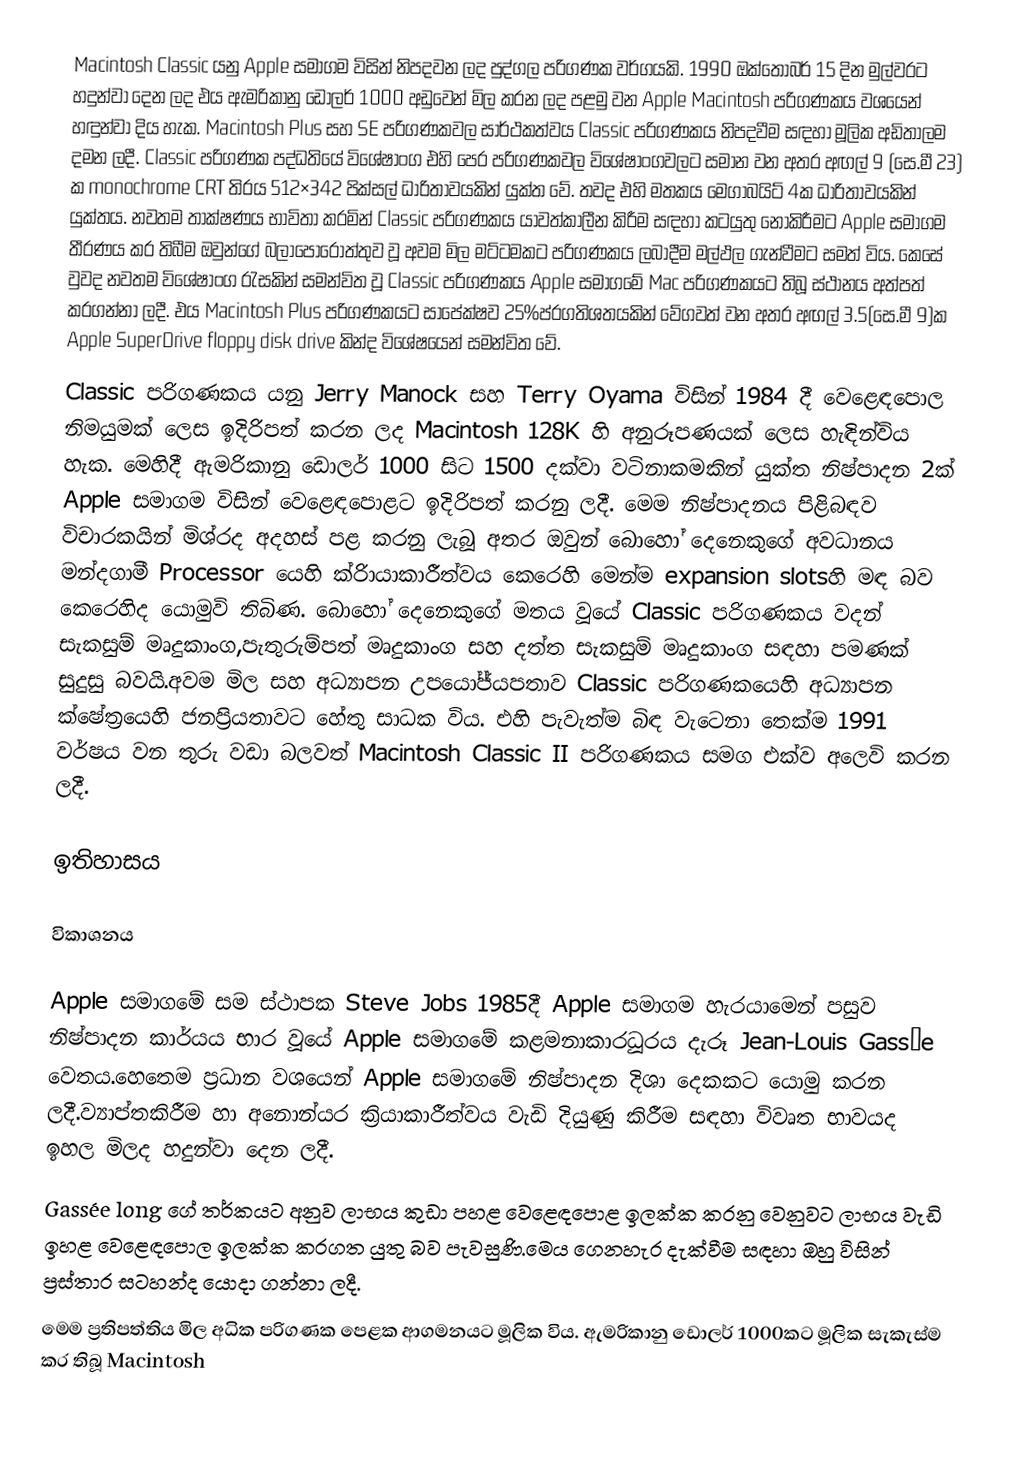
Macintosh Classic යනු Apple සමාගම විසින් නිපදවන ලද පුද්ගල පරිගණක වර්ගයකි. 1990 ඔක්තෝබර් 15 දින මුල්වරට හදුන්වා දෙන ලද එය ඇමරිකානු ඩොලර් 1000 අඩුවෙන් මිල කරන ලද පළමු වන Apple Macintosh පරිගණකය වශයෙන් හඳුන්වා දිය හැක. Macintosh Plus සහ SE පරිගණකවල සාර්ථකත්වය Classic පරිගණකය නිපදවීම සඳහා මූලික අඩිතාලම දමන ලදී. Classic පරිගණක පද්ධතියේ විශේෂාංග එහි පෙර පරිගණකවල විශේෂාංගවලට සමාන වන අතර අඟල් 9 (සෙ.මී 23) ක monochrome CRT තිරය 512×342 පික්සල් ධාරිතාවයකින් යුක්ත වේ. තවද එහි මතකය මෙගාබයිට් 4ක ධාරිතාවයකින් යුක්තය. නවතම තාක්ෂණය භාවිතා කරමින් Classic පරිගණකය යාවත්කාලීන කිරීම සඳහා කටයුතු නොකිරීමට Apple සමාගම තීරණය කර තිබීම ඔවුන්ගේ බලාපොරොත්තුව වූ අවම මිල මට්ටමකට පරිගණකය ලබාදීම මල්ඵල ගැන්වීමට සමත් විය. කෙසේ වුවද නවතම විශේෂාංග රැසකින් සමන්විත වූ Classic  පරිගණකය Apple සමාගමේ Mac පරිගණකයට තිබූ ස්ථානය අත්පත් කරගන්නා ලදී. එය Macintosh Plus පරිගණකයට සාපේක්ෂව 25%ප්රගතිශතයකින් වේගවත් වන අතර අඟල් 3.5(සෙ.මී 9)ක  Apple SuperDrive floppy disk drive කින්ද විශේෂයෙන් සමන්විත වේ.
Classic පරිගණකය යනු Jerry Manock සහ Terry Oyama විසින් 1984 දී වෙළෙඳපොල නිමයුමක් ලෙස ඉදිරිපත් කරන ලද Macintosh 128K හි අනුරූපණයක් ලෙස හැඳින්විය හැක. මෙහිදී ඇමරිකානු ඩොලර් 1000 සිට 1500 දක්වා වටිනාකමකින් යුක්ත නිෂ්පාදන 2ක් Apple සමාගම විසින් වෙළෙඳපොළට ඉදිරිපත් කරනු ලදී. මෙම නිෂ්පාදනය පිළිබඳව විචාරකයින් මිශ්රද අදහස් පළ කරනු ලැබූ අතර ඔවුන් බොහෝ දෙනෙකුගේ අවධානය මන්දගාමී Processor යෙහි ක්රිායාකාරීත්වය කෙරෙහි මෙන්ම expansion slotsහි මඳ බව කෙරෙහිද යොමුවි තිබිණ. බොහෝ දෙනෙකුගේ මතය වූයේ Classic පරිගණකය වදන් සැකසුම් මෘදුකාංග,පැතුරුම්පත් මෘදුකාංග සහ දත්ත සැකසුම් මෘදුකාංග සඳහා පමණක් සුදුසු බවයි.අවම මිල සහ අධ්‍යාපන උපයෝජ්යපතාව Classic  පරිගණකයෙහි අධ්‍යාපන ක්ෂේත්‍රයෙහි ජනප්‍රියතාවට හේතු සාධක විය. එහි පැවැත්ම බිඳ වැටෙනා තෙක්ම 1991 වර්ෂය වන තුරු වඩා බලවත් Macintosh Classic II පරිගණකය සමග එක්ව අලෙවි කරන ලදී.

ඉතිහාසය

විකාශනය

Apple සමාගමේ සම ස්ථාපක Steve Jobs 1985දී Apple  සමාගම හැරයාමෙන් පසුව නිෂ්පාදන කාර්යය භාර වූයේ Apple සමාගමේ කළමනාකාරධූරය දැරූ  Jean-Louis Gassée වෙතය.හෙතෙම ප්‍රධාන වශයෙන් Apple සමාගමේ නිෂ්පාදන දිශා දෙකකට යොමු කරන ලදී.ව්‍යාප්තකිරීම හා අනොන්යර ක්‍රියාකාරීත්වය වැඩි දියුණු කිරීම සඳහා විවෘත භාවයද ඉහල මිලද හදුන්වා දෙන ලදී.
Gassée long ගේ තර්කයට අනුව ලාභය කුඩා පහළ වෙළෙඳපොළ ඉලක්ක කරනු වෙනුවට ලාභය වැඩි ඉහළ වෙළෙඳපොල ඉලක්ක කරගත යුතු බව පැවසුණි.මෙය ගෙනහැර දැක්වීම සඳහා ඔහු විසින් ප්‍රස්තාර සටහන්ද යොදා ගන්නා ලදී.
මෙම ප්‍රතිපත්තිය මිල අධික පරිගණක පෙළක ආගමනයට මූලික විය. ඇමරිකානු ඩොලර් 1000කට මූලික සැකැස්ම කර තිබූ Macintosh